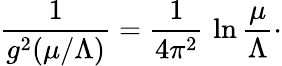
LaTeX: {\frac{1}{g^{2}(\mu/\Lambda)}}={\frac{1}{4\pi^{2}}}\, \ln{\frac{\mu}{\Lambda}}\cdotp